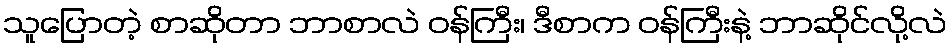
သူပြောတဲ့ စာဆိုတာ ဘာစာလဲ ဝန်ကြီး၊ ဒီစာက ဝန်ကြီးနဲ့ ဘာဆိုင်လို့လဲ